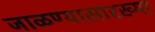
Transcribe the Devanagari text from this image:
जाळण्यासारख्या